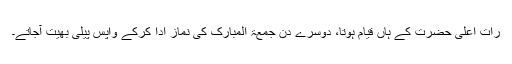
رات اعلیٰ حضرت کے ہاں قیام ہوتا، دوسرے دن جمعۃ المبارک کی نماز ادا کرکے واپس پیلی بھیت آجاتے۔